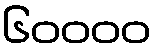
၆၀၀၀၀